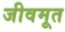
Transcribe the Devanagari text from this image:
जीवमूत